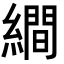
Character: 𦅘